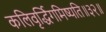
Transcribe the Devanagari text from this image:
कलिवृर्द्धिगमिष्यति॥३२॥